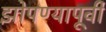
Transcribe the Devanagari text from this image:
झोपण्यापूर्वी